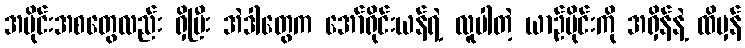
အပိုင်းအစတွေလည်း ရှိပြီး အဲဒါတွေက အော်ရိုင်းယန်ရဲ့ လူပါတဲ့ ယာဉ်ပိုင်းကို အရှိန်နဲ့ ထိမှန်